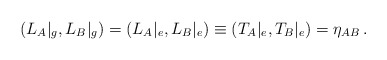
\begin{align*}(L_{A}|_{g}, L_{B}|_{g})=(L_{A}|_{e}, L_{B}|_{e})\equiv(T_{A}|_{e}, T_{B}|_{e})=\eta_{AB}\,.\end{align*}